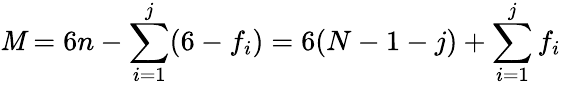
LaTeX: \mathit{M}=6n-\sum_{i=1}^{j}(6-f_{i})=6(N-1-j)+\sum_{i=1}^{j}f_{i}